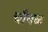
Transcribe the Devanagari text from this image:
चौबळ